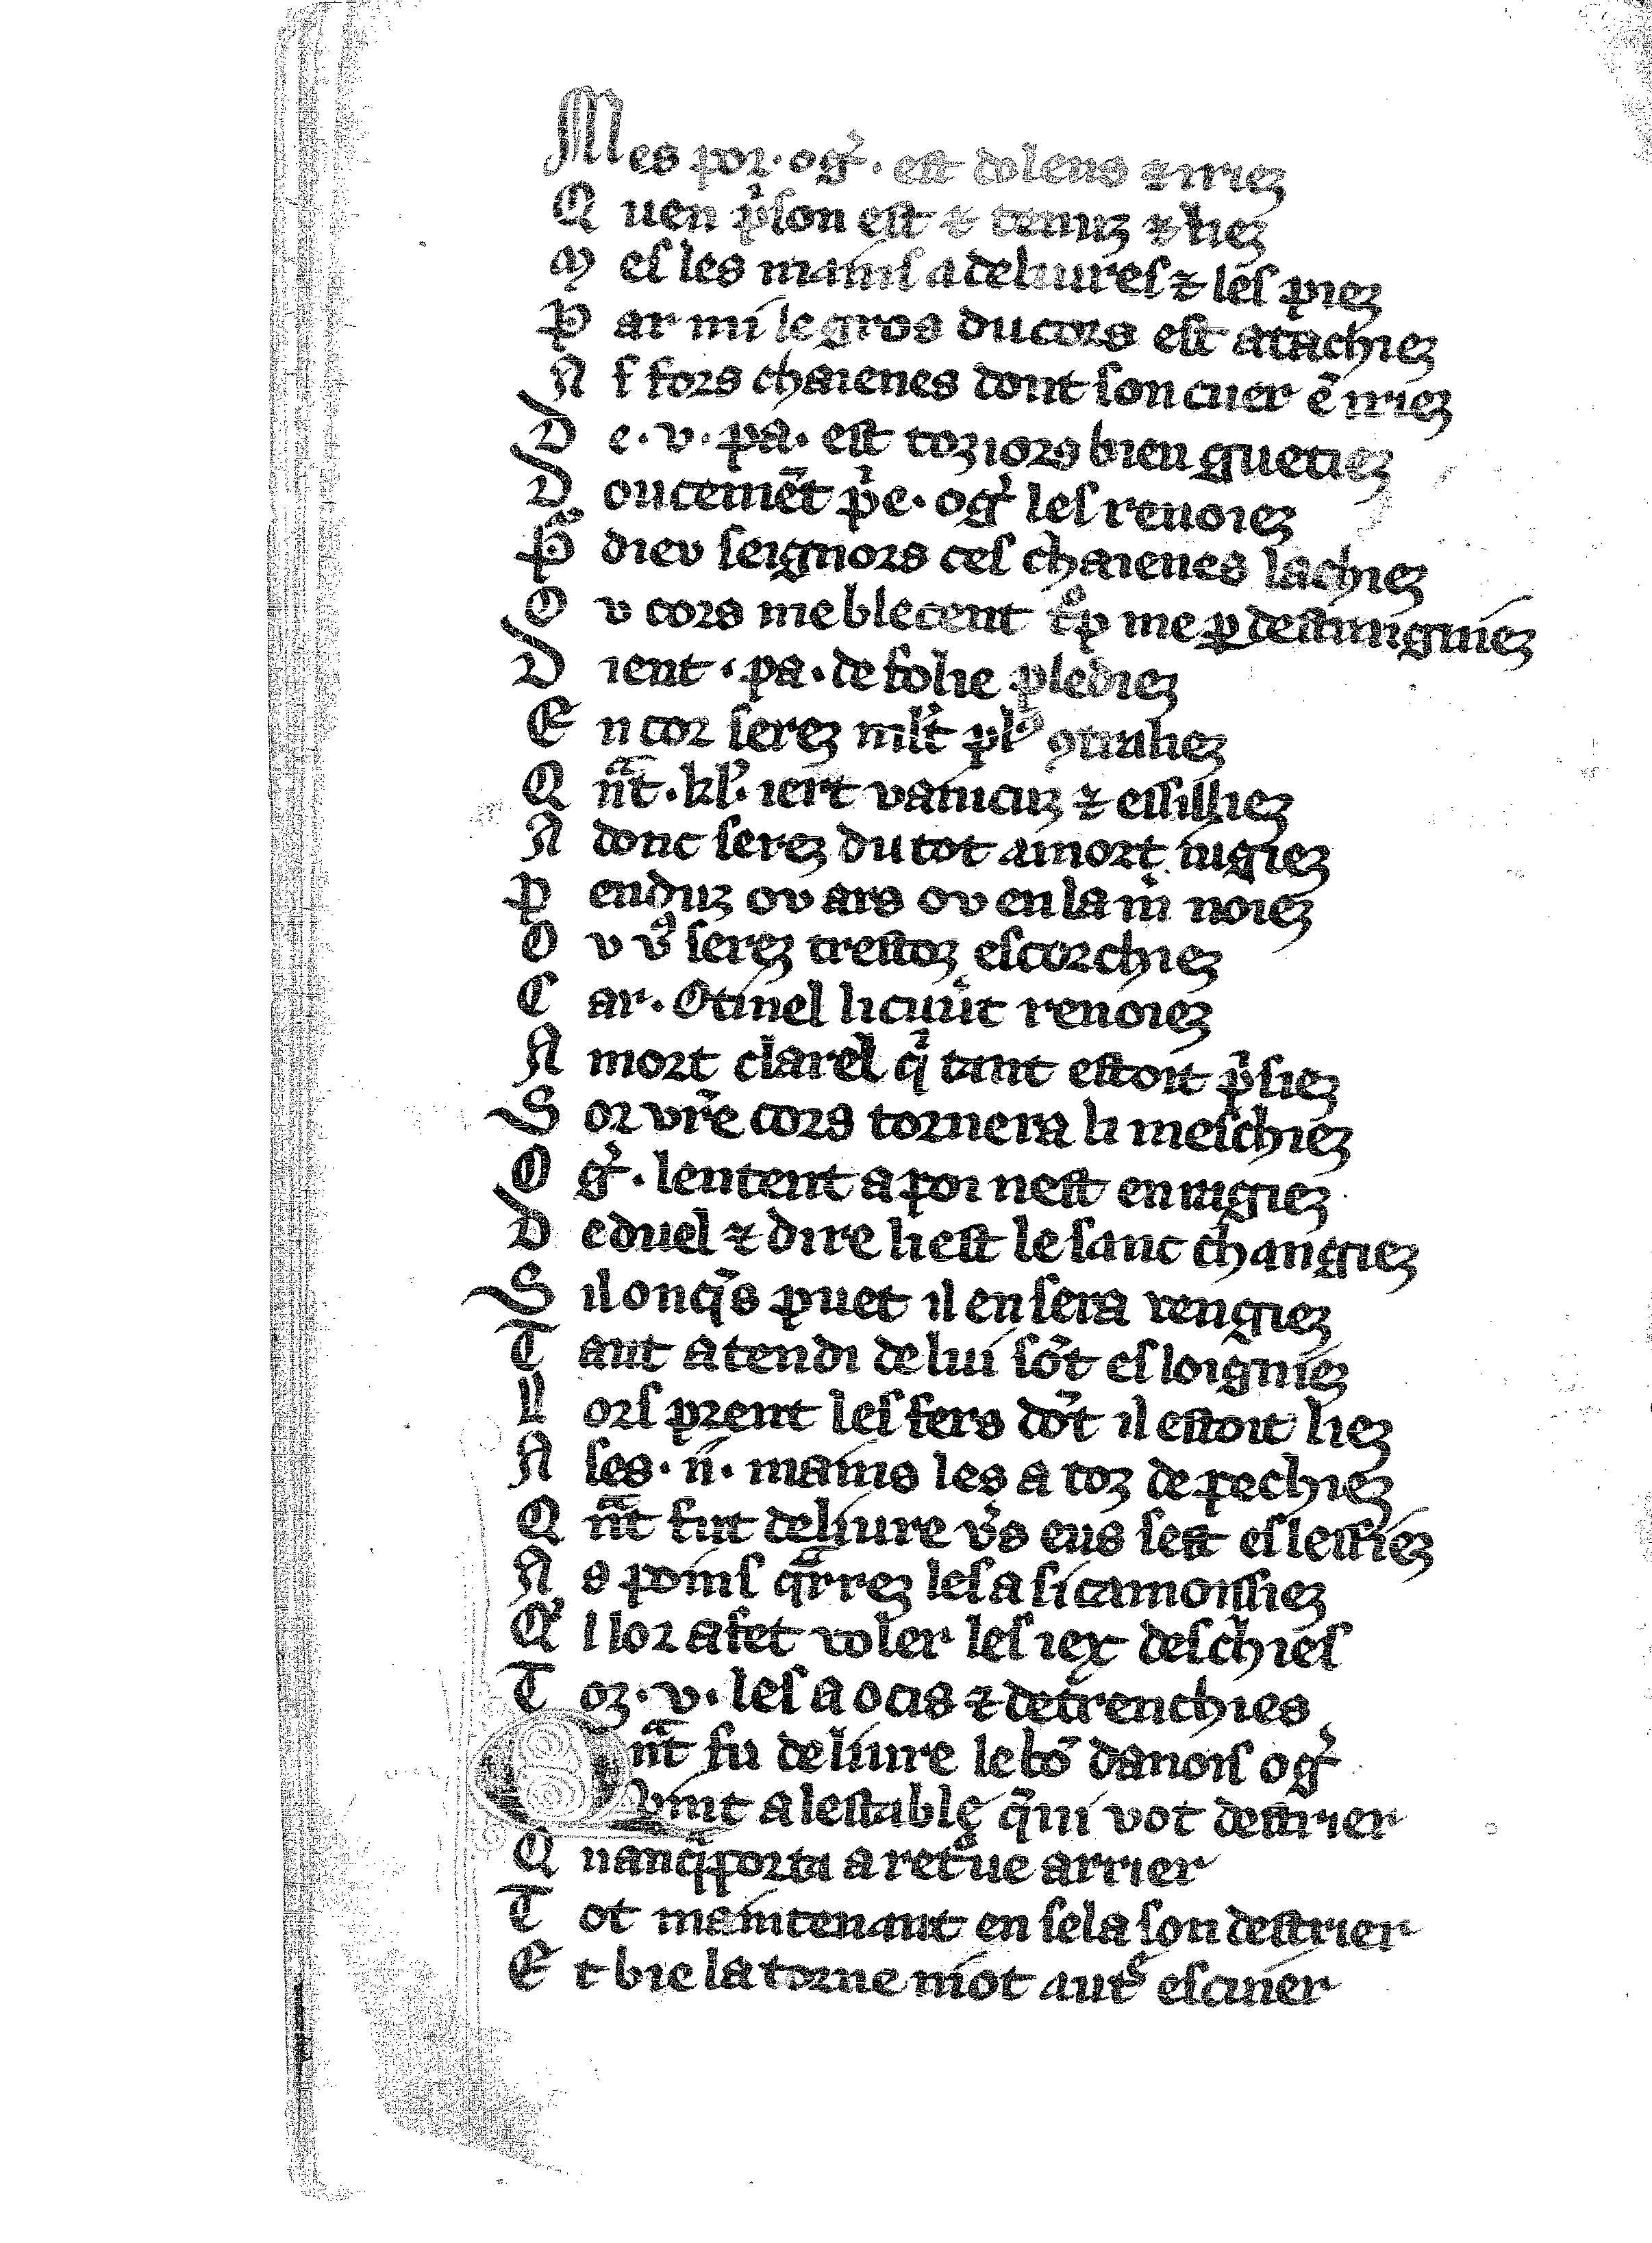
Shelfmark: Vatican, Biblioteca apostolica vaticana, Reg.lat. 1616
Century: 14